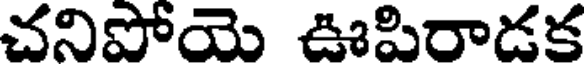
చనిపోయె ఊపిరాడక